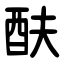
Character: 酜